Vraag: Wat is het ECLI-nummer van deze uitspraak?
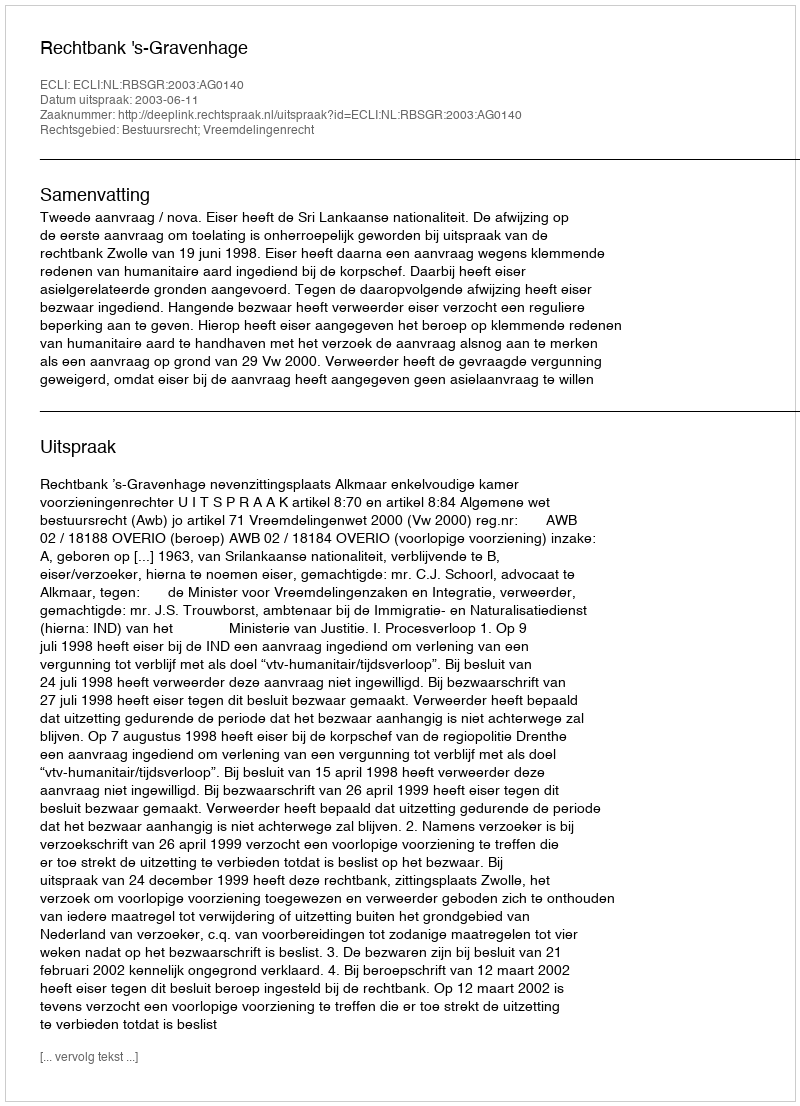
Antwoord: ECLI:NL:RBSGR:2003:AG0140